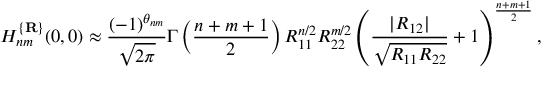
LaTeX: H _ { n m } ^ { \{ { \bf R } \} } ( 0 , 0 ) \approx \frac { ( - 1 ) ^ { \theta _ { n m } } } { \sqrt { 2 \pi } } \Gamma \left( \frac { n + m + 1 } 2 \right) R _ { 1 1 } ^ { n / 2 } R _ { 2 2 } ^ { m / 2 } \left( \frac { | R _ { 1 2 } | } { \sqrt { R _ { 1 1 } R _ { 2 2 } } } + 1 \right) ^ { \frac { n + m + 1 } 2 } ,